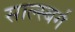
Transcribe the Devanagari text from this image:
साल्स्बर्ग